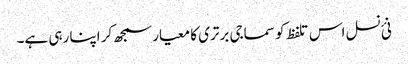
نئ نسل اس تلفظ کو سماجی برتری کا معیار سمجھ کر اپنا رہی ہے۔